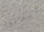
تبدأوا